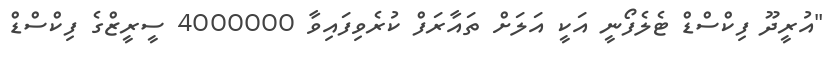
"އުރީދޫ ފިކްސްޑް ޓެލެފޯނީ އަކީ އަލަށް ތައާރަފް ކުރެވިފައިވާ 4000000 ސީރީޒްގެ ފިކްސްޑް